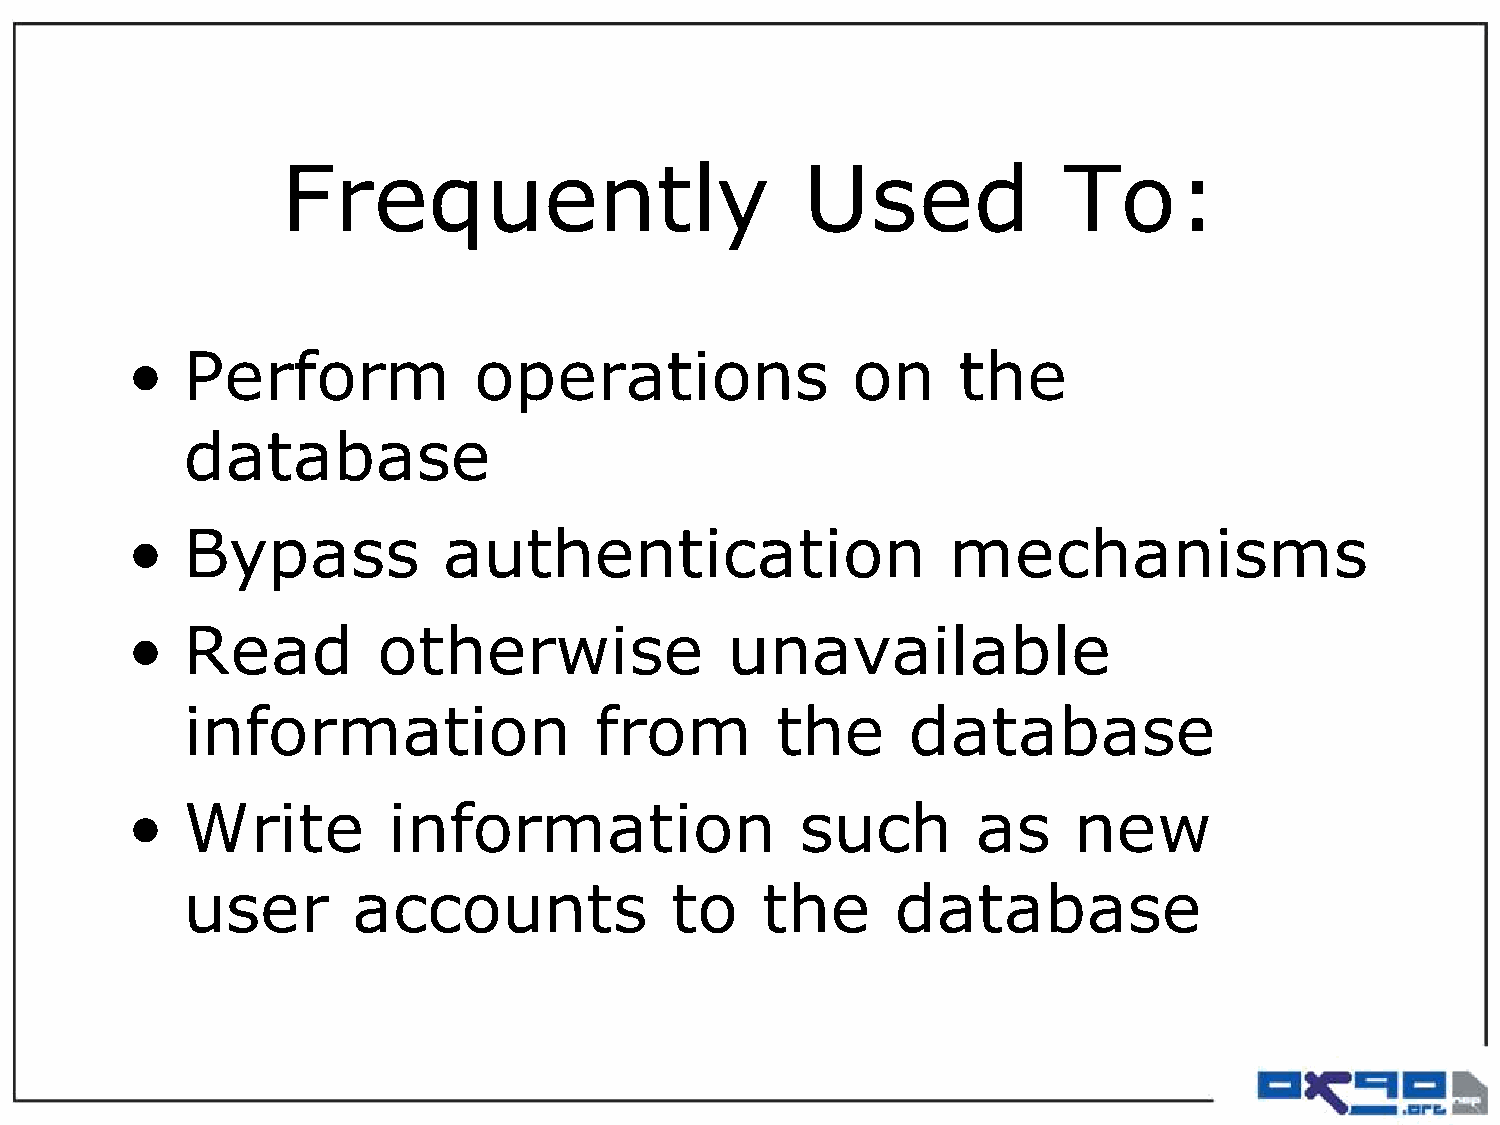
Frequently                        Used             To:
 •   Perform            operations               on     the
 database
 •   Bypass           authentication                    mechanisms
 •   Read         otherwise              unavailable
 information                from        the      database
 •   Write         information                such        as    new
 user       accounts             to    the      database